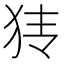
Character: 𰡂